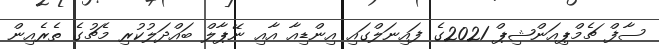
ސާފް ޗެމްޕިއަންޝިޕް 2021ގެ ފައިނަލްގައި އިންޑިއާ އާއި ނޭޕާލް ބައްދަލުކުރި މެޗުގެ ތެރެއިން